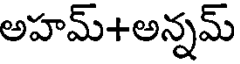
అహమ్+అన్నమ్